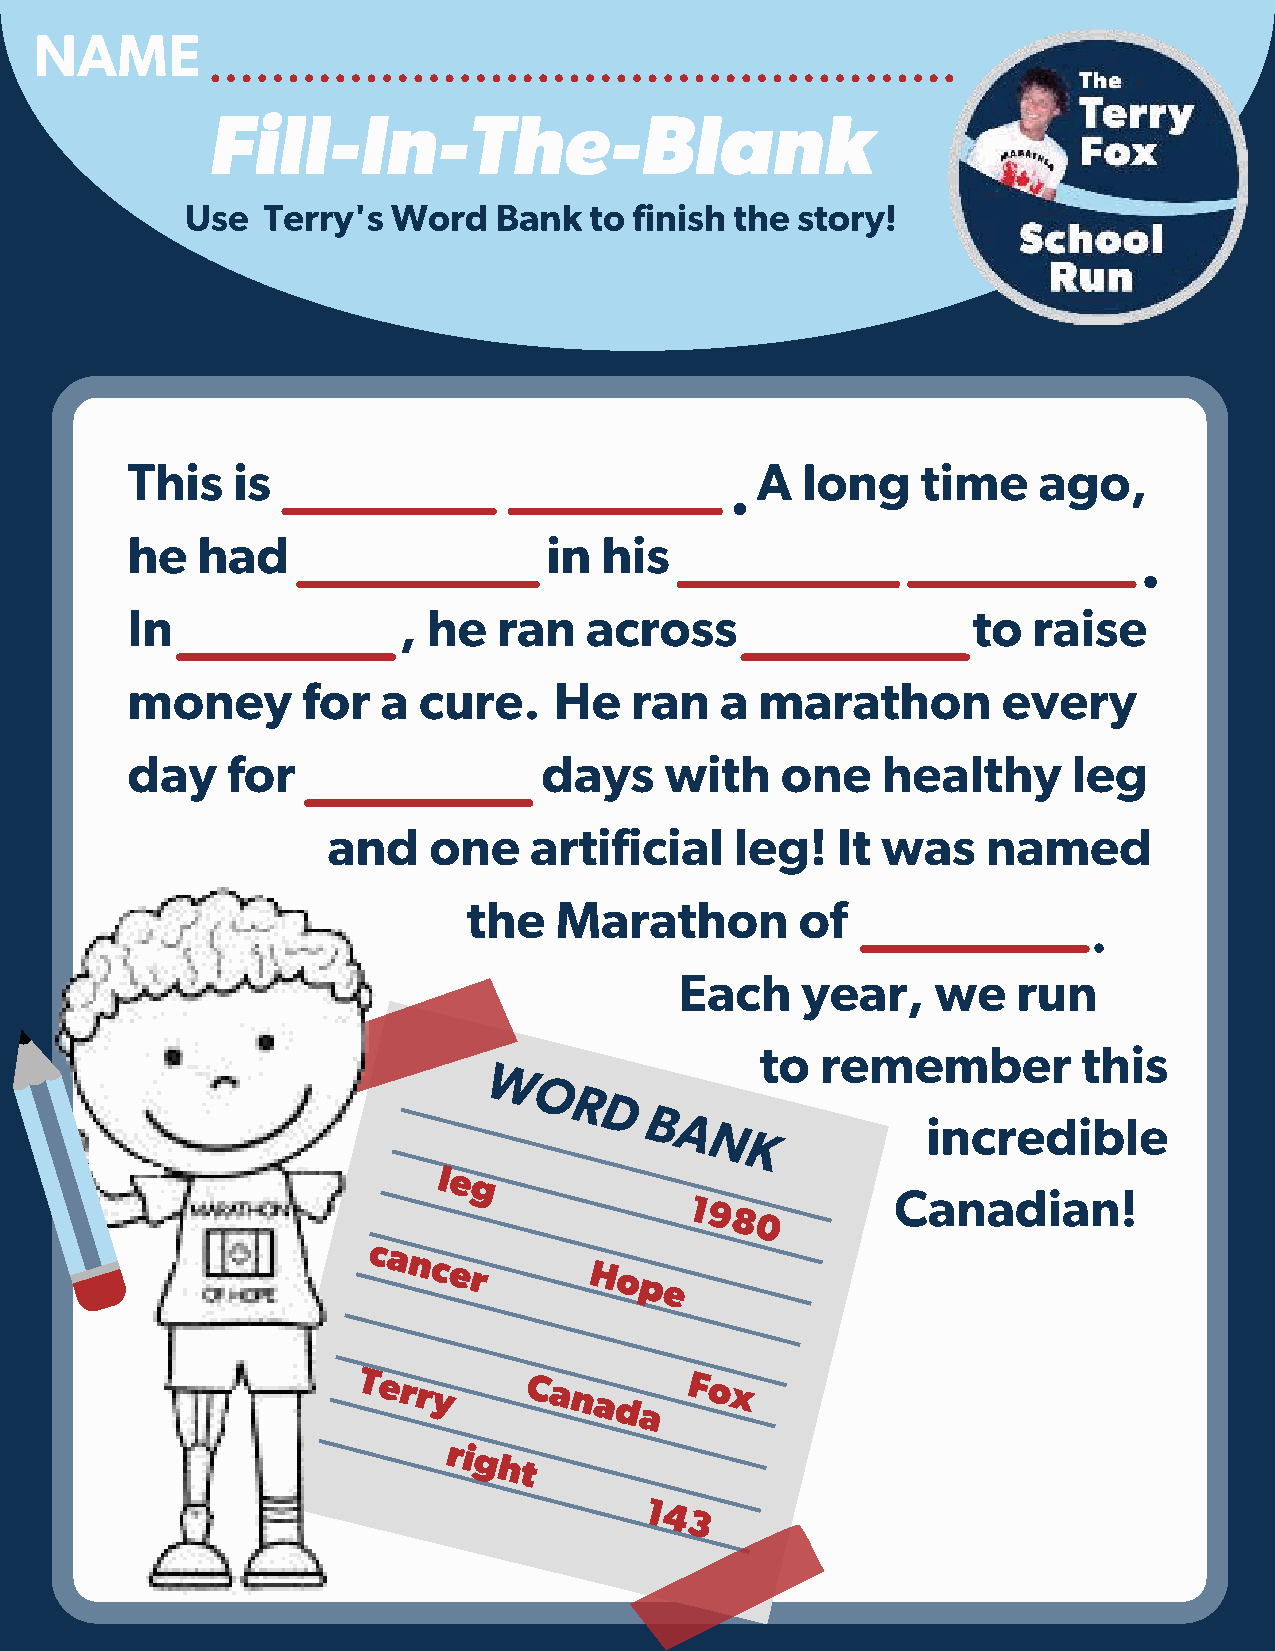
NAME
 Fill-In-The-Blank
 Use  Terry's  Word   Bank  to finish the story!
 This   is                                 A  long    time    ago,
 he   had                    in  his
 In                , he   ran   across                   to  raise
 money       for  a  cure.    He   ran   a marathon        every
 day    for                  days    with    one   healthy      leg
 and   one    artificial    leg!  It was    named
 the   Marathon        of
 Each    year,    we   run
 to  remember          this
 W
 O
 R
 D
 B
 A               incredible
 N
 K
 le
 g
 Canadian!
 1
 9
 8
 0
 cancer
 Ho
 pe
 Terry      Cana      Fox
 da
 ri
 ght
 1
 4
 3